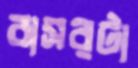
বাসরটা